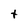
Character: t